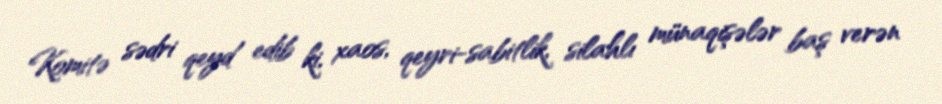
Komitə sədri qeyd edib ki, xaos, qeyri-sabitlik, silahlı münaqişələr baş verən